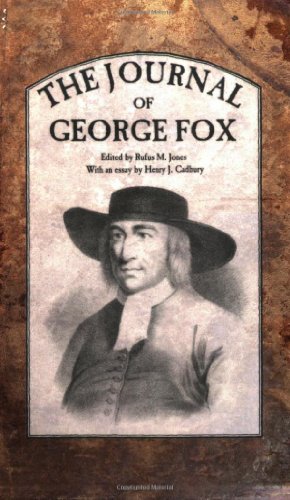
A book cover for The Journal of George Fox; George Fox; Christian Books & Bibles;